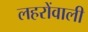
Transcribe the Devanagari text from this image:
लहरोंवाली